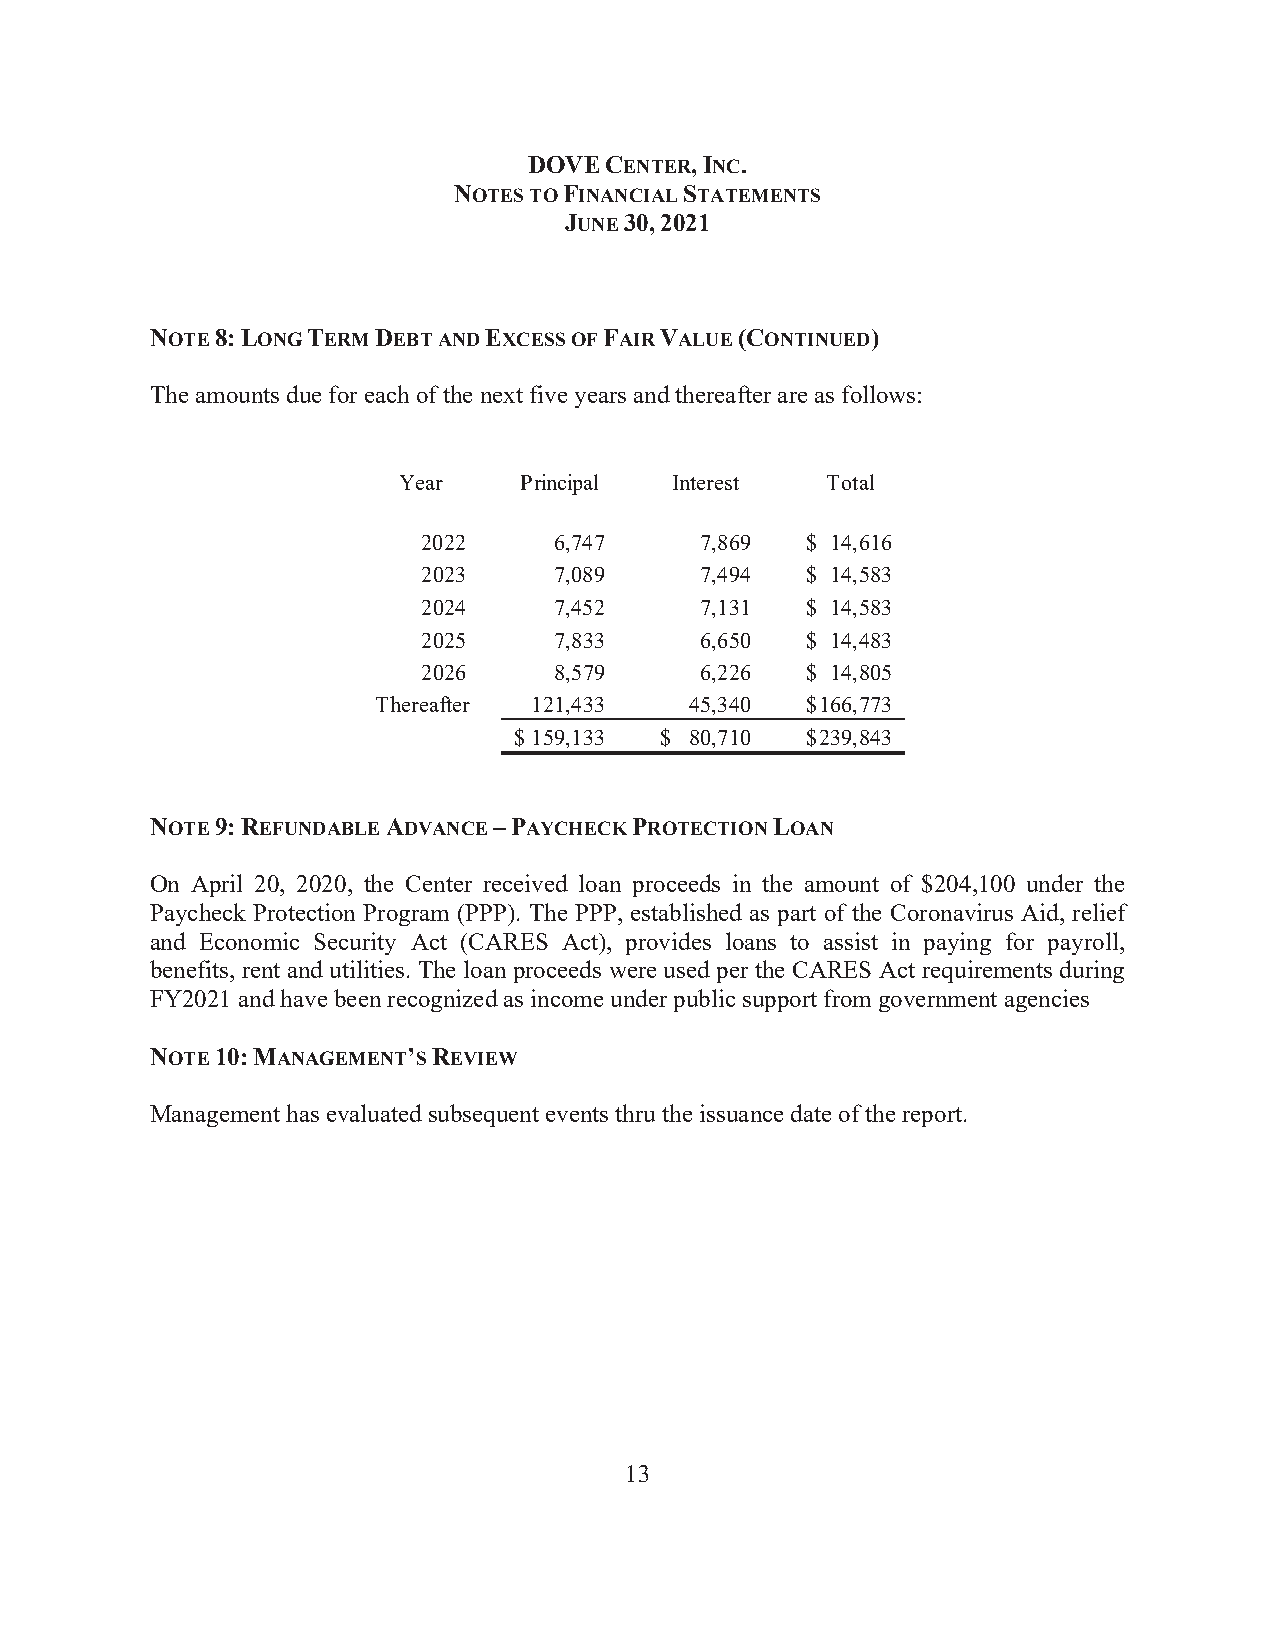
DOVE CENTER, INC.
 NOTES TO FINANCIAL STATEMENTS
 JUNE 30, 2021
 NOTE 8: LONG TERM DEBT AND EXCESS OF FAIR VALUE (CONTINUED)
 The amounts due for each of the next five years and thereafter are as follows:
 Year    Principal  Interest  Total
 2022     6,747    7,869  $ 1 4,616
 2023     7,089    7,494  $ 1 4,583
 2024     7,452    7,131  $ 1 4,583
 2025     7,833    6,650  $ 1 4,483
 2026     8,579    6,226  $ 1 4,805
 Thereafter 121,433   45,340 $ 166,773
 $ 159,133 $ 80,710 $ 239,843
 NOTE 9: REFUNDABLE ADVANCE – PAYCHECK PROTECTION LOAN
 On April 20, 2020, the Center received loan proceeds in the amount of $204,100 under the
 Paycheck Protection Program (PPP). The PPP, established as part of the Coronavirus Aid, relief
 and Economic Security Act (CARES Act), provides loans to assist in paying for payroll,
 benefits, rent and utilities. The loan proceeds were used per the CARES Act requirements during
 FY2021 and have been recognized as income under public support from government agencies
 NOTE 10: MANAGEMENT’S REVIEW
 Management has evaluated subsequent events thru the issuance date of the report.
 13